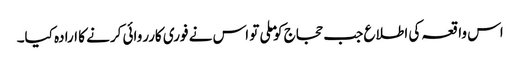
اس واقعہ کی اطلاع جب حجاج کو ملی تو اس نے فوری کارروائی کرنے کا ارادہ کیا۔